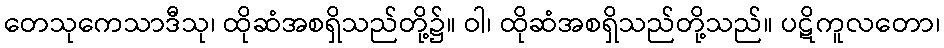
တေသုကေသာဒီသု၊ ထိုဆံအစရှိသည်တို့၌။ ဝါ၊ ထိုဆံအစရှိသည်တို့သည်။ ပဋိကူလတော၊